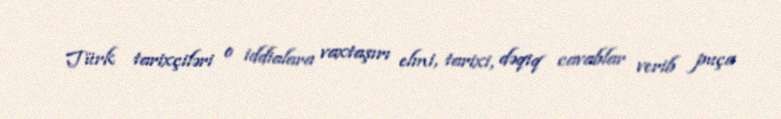
Türk tarixçiləri o iddialara vaxtaşırı elmi, tarixi, dəqiq cavablar verib puça